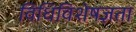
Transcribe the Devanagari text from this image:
विधिविशेषज्ञता